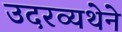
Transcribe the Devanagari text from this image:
उदरव्यथेने